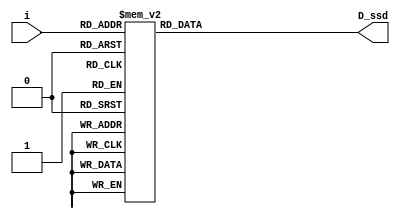
`timescale 1ns / 1ps
//////////////////////////////////////////////////////////////////////////////////
// Company: 
// Engineer: 
// 
// Design Name: 
// Module Name: display
// Project Name: 
// Target Devices: 
// Tool Versions: 
// Description: 
// 
// Dependencies: 
// 
// Revision:
// Revision 0.01 - File Created
// Additional Comments:
// 
//////////////////////////////////////////////////////////////////////////////////

//define segment codes
`define SS_0 8'b0000001
`define SS_1 8'b1001111
`define SS_2 8'b0010010
`define SS_3 8'b0000110
`define SS_4 8'b1001100
`define SS_5 8'b0100100
`define SS_6 8'b0100000
`define SS_7 8'b0001111
`define SS_8 8'b0000000
`define SS_9 8'b0000100

module display(
    D_ssd,  //seven_segment output
    i       //input counter value
);
output [6:0] D_ssd;
input [3:0] i;
reg [6:0] D_ssd;

always @*
    case(i)
        4'd0:D_ssd = `SS_0;
        4'd1:D_ssd = `SS_1;
        4'd2:D_ssd = `SS_2;
        4'd3:D_ssd = `SS_3;
        4'd4:D_ssd = `SS_4;
        4'd5:D_ssd = `SS_5;
        4'd6:D_ssd = `SS_6;
        4'd7:D_ssd = `SS_7;
        4'd8:D_ssd = `SS_8;
        4'd9: D_ssd = `SS_9;
        default: D_ssd = 7'b1111111;
    endcase
endmodule